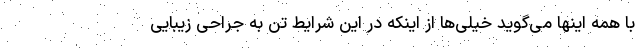
با همه اینها می‌گوید خیلی‌ها از اینکه در این شرایط تن به جراحی زیبایی